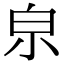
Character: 𤽄